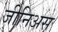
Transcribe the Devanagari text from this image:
जीनिअस